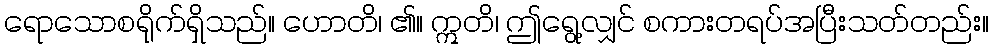
ရောသောစရိုက်ရှိသည်။ ဟောတိ၊ ၏။ ဣတိ၊ ဤရွေ့လျှင် စကားတရပ်အပြီးသတ်တည်း။